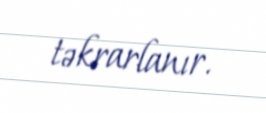
təkrarlanır.